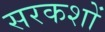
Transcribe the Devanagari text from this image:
सरकशों